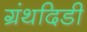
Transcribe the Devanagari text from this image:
ग्रंथदिडी